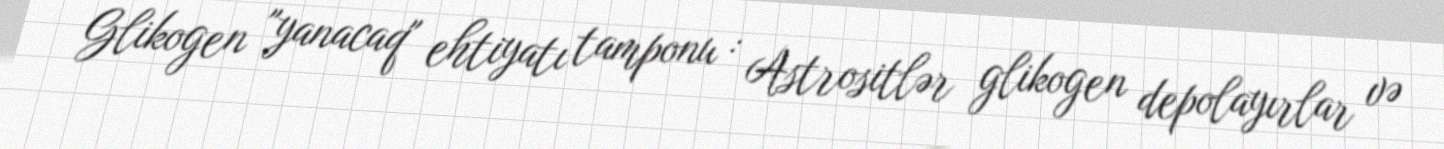
Glikogen "yanacaq" ehtiyatı tamponu : Astrositlər glikogen depolayırlar və